Indian journal of veterinary science and animal husbandry - Volumes 26-27, 1956-1957
Year: 1956
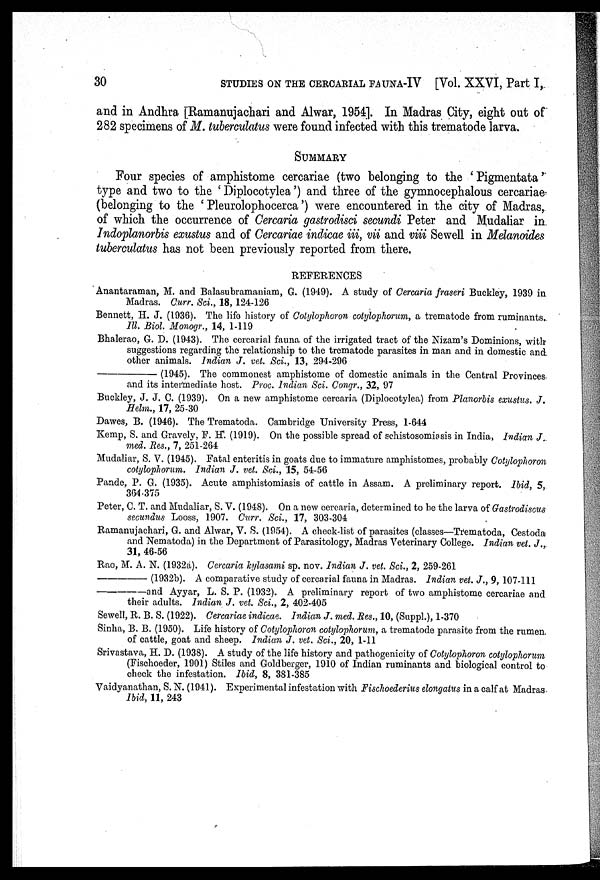
30 STUDIES ON THE CERCARIAL FAUNA-IV [Vol. XXVI, Part I,
and in Andhra [Ramanujachari and Alwar, 1954]. In Madras City, eight out o
282 specimens of M. tuberculatus were found infected with this trematode larva.
SUMMARY
Four species of amphistome cercariae (two belonging to the ' Pigmentata '
type and two to the ' Diplocotylea ') and three of the gymnocephalous cercariae
(belonging to the ' Pleurolophocerca ') were encountered in the city of Madras,
of which the occurrence of Cercaria gastrodisci secundi Peter and Mudaliar in
Indoplanorbis exustus and of Cercariae indicae iii, vii and viii Sewell in Melanoides
tuberculatus has not been previously reported from there.
REFERENCES
Anantaraman, M. and Balasubramaniam, G. (1949). A study of Cercaria fraseri Buckley, 1939 in
Madras. Curr. Sci., 18, 124-126
Bennett, H. J. (1936). The life history of Cotylophoron cotylophorum, a trematode from ruminants.
Ill. Biol. Monogr., 14, 1-119
Bhalerao, G. D. (1943). The cercarial fauna of the irrigated tract of the Nizam's Dominions, with
suggestions regarding the relationship to the trematode parasites in man and in domestic and
other animals. Indian J. vet. Sci., 13, 294-296
—
(1945). The commonest amphistome of domestic animals in the Central Provinces
and its intermediate host. Proc. Indian Sci. Congr., 32, 97
Buckley, J. J. C. (1939). On a new amphistome cercaria (Diplocotylea) from Planorbis exustus. J.
Helm., 17, 25-30
Dawes, B. (1946). The Trematoda. Cambridge University Press, 1-644
Kemp, S. and Gravely, F. H. (1919). On the possible spread of schistosomiasis in India, Indian J.
med. Res., 7, 251-264
Mudaliar, S. V. (1945). Fatal enteritis in goats due to immature amphistomes, probably Cotylophoron
cotylophorum. Indian J. vet. Sci., 15, 54-56
Pande, P. G. (1935). Acute amphistomiasis of cattle in Assam. A preliminary report. Ibid, 5,
364-375
Peter, C. T. and Mudaliar, S. V. (1948). On a new cercaria, determined to be the larva of Gastrodiscus
secundus Looss, 1907. Curr. Sci., 17, 303-304
Ramanujachari, G. and Alwar, V. S. (1954). A check-list of parasites (classes—Trematoda, Cestoda
and Nematoda) in the Department of Parasitology, Madras Veterinary College. Indian vet. J.,
31, 46-56
Rao, M. A. N. (1932a). Cercaria kylasami sp. nov. Indian J. vet. Sci., 2, 259-261
—
(1932b). A comparative study of cercarial fauna in Madras. Indian vet. J., 9, 107-111
—and
Ayyar, L. S. P. (1932). A preliminary report of two amphistome cercariae and
their adults. Indian J. vet. Sci., 2, 402-405
Sewell, R. B. S. (1922). Cercariae indicae. Indian J. med. Res., 10, (Suppl.), 1-370
Sinha, B. B. (1950). Life history of Cotylophoron cotylophorum, a trematode parasite from the rumen
of cattle, goat and sheep. Indian J. vet. Sci., 20, 1-11
Srivastava, H. D. (1938). A study of the life history and pathogenicity of Cotylophoron cotylophorum
(Fischoeder, 1901) Stiles and Goldberger, 1910 of Indian ruminants and biological control to
check the infestation. Ibid, 8, 381-385
Vaidyanathan, S. N. (1941). Experimental infestation with Fischoederius elongatus in a calf at Madras
Ibid, 11, 243